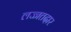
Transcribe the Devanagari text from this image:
लज्जतदार